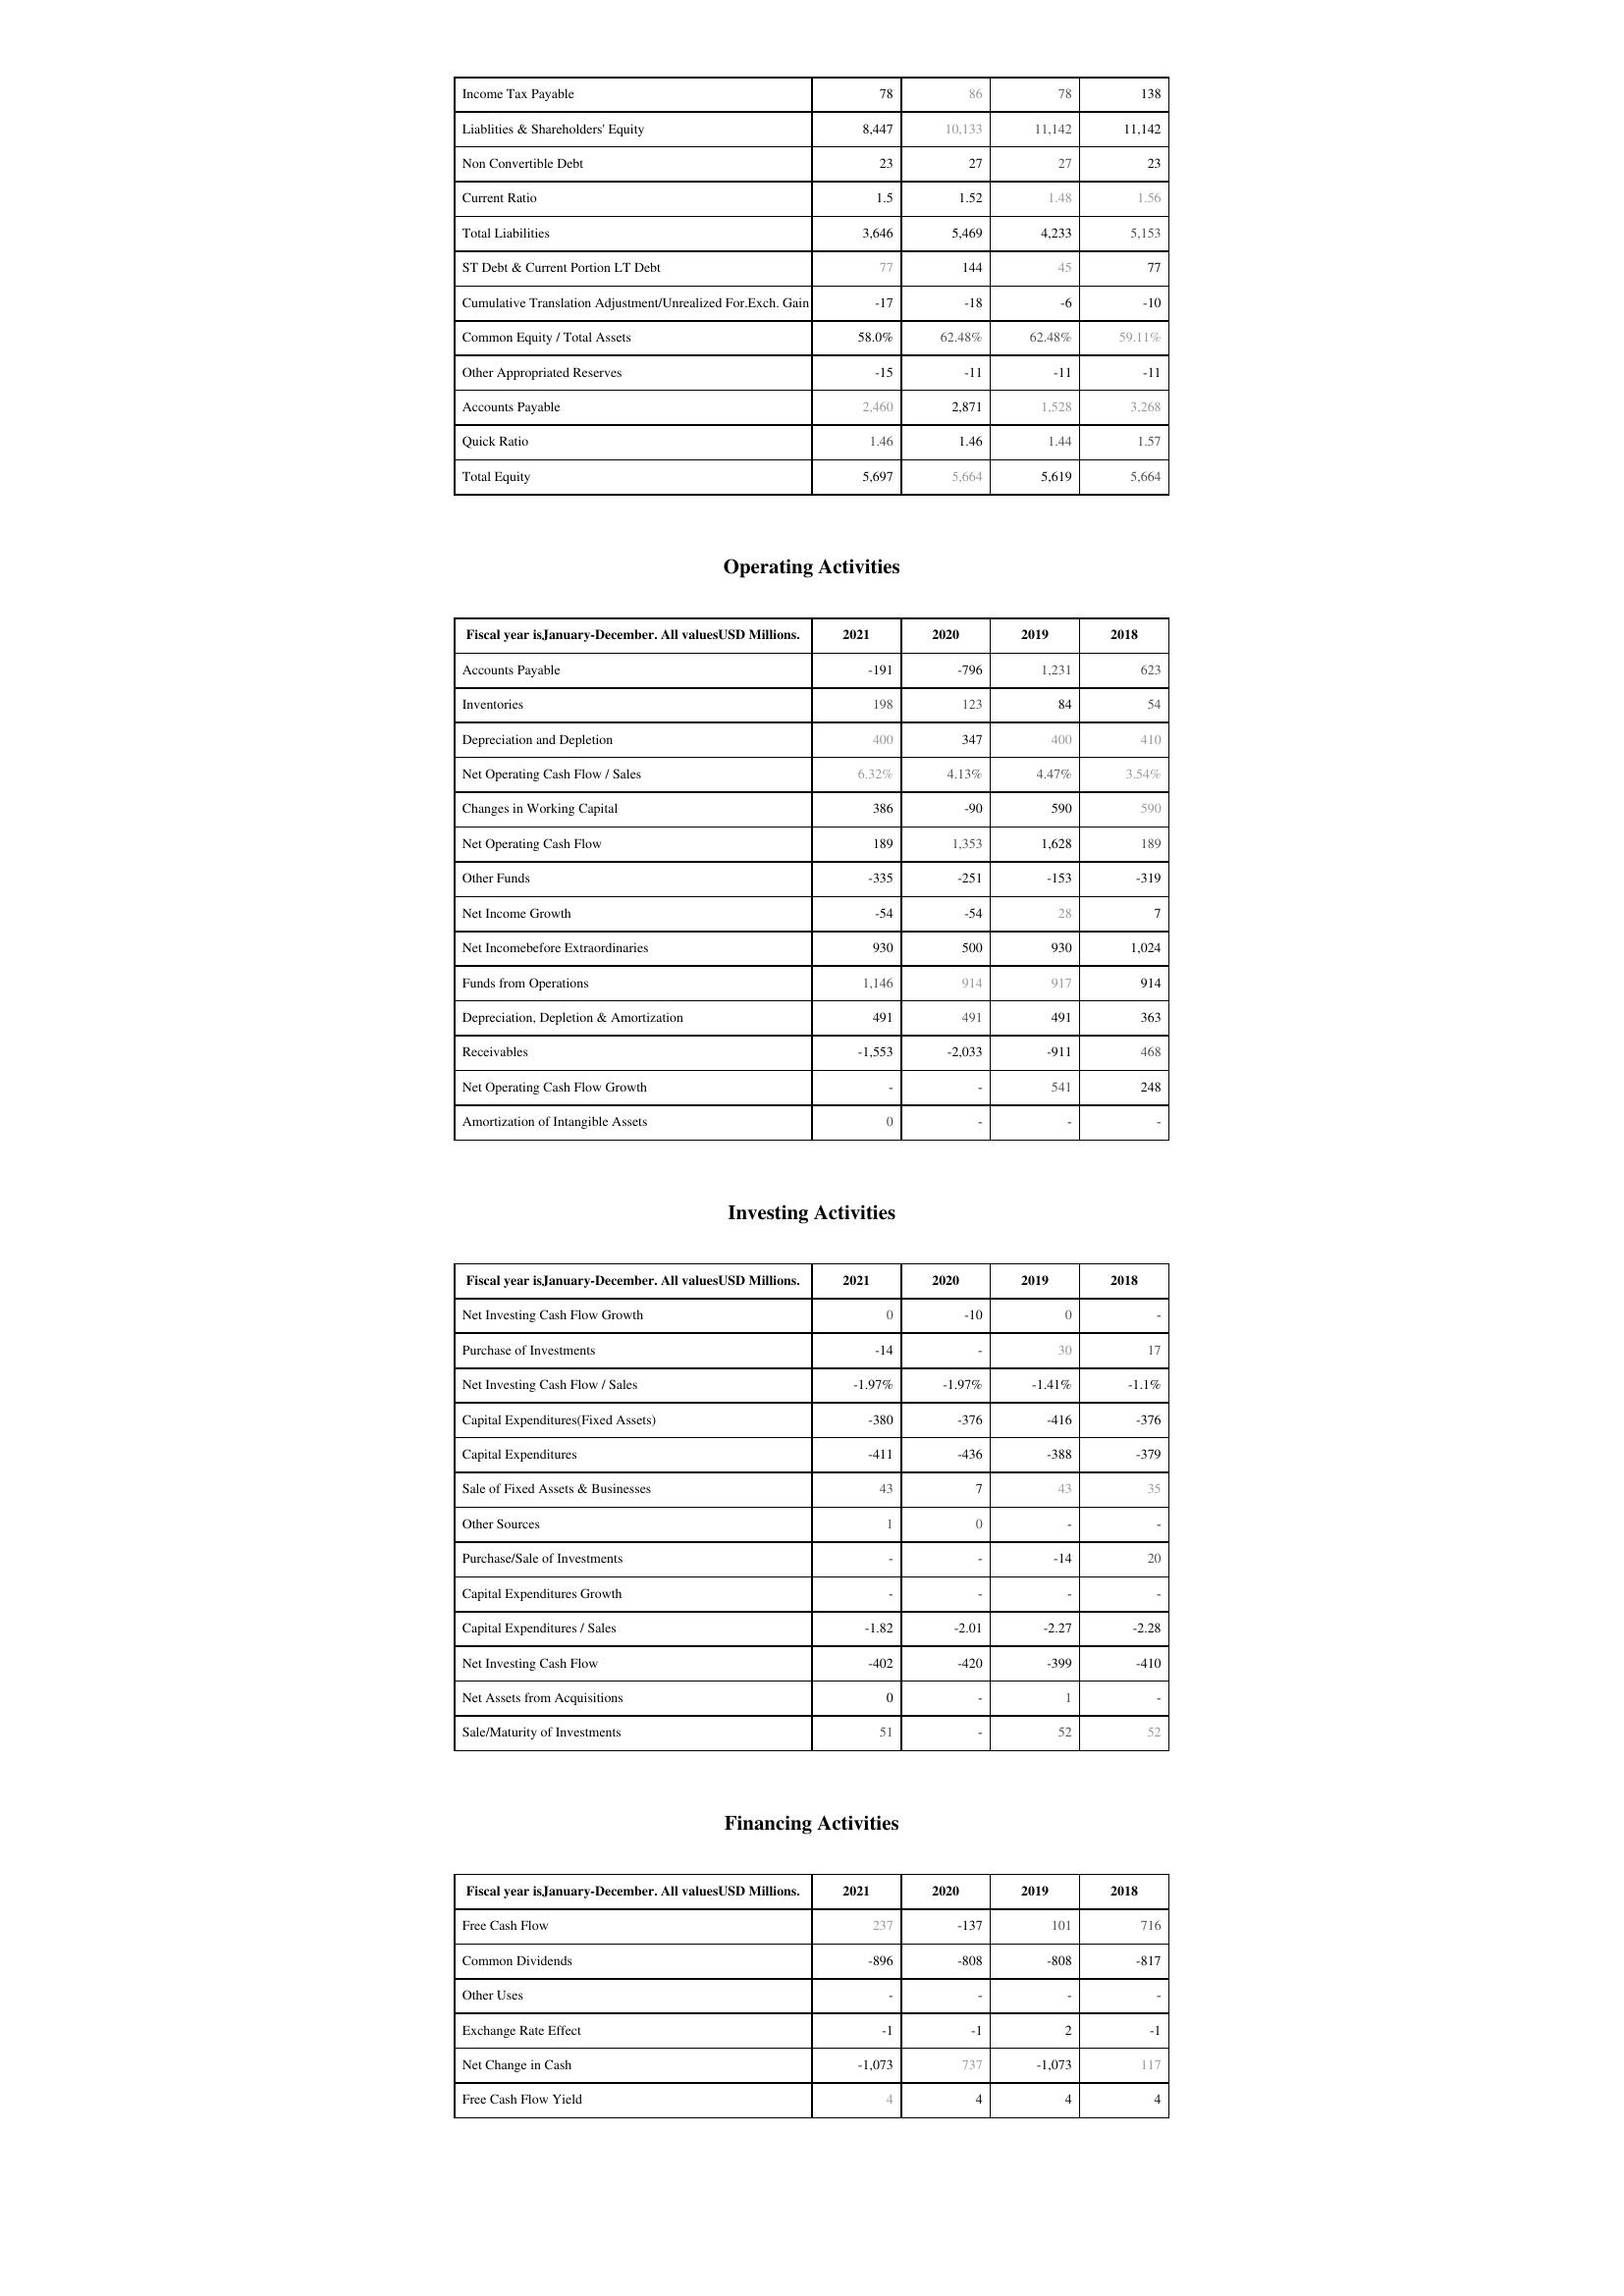
2021: Liabilities & Shareholder's Equity: Income Tax Payable: 78
Liablities & Shareholders' Equity: 8,447
Non Convertible Debt: 23
Current Ratio: 1.5
Total Liabilities: 3,646
ST Debt & Current Portion LT Debt: 77
Cumulative Translation Adjustment/Unrealized For.Exch. Gain: -17
Common Equity / Total Assets: 58.0%
Other Appropriated Reserves: -15
Accounts Payable: 2,460
Quick Ratio: 1.46
Total Equity: 5,697
Operating Activities: Accounts Payable: -191
Inventories: 198
Depreciation and Depletion: 400
Net Operating Cash Flow / Sales: 6.32%
Changes in Working Capital: 386
Net Operating Cash Flow: 189
Other Funds: -335
Net Income Growth: -54
Net Incomebefore Extraordinaries: 930
Funds from Operations: 1,146
Depreciation, Depletion & Amortization: 491
Receivables: -1,553
Net Operating Cash Flow Growth: -
Amortization of Intangible Assets: 0
Investing Activities: Net Investing Cash Flow Growth: 0
Purchase of Investments: -14
Net Investing Cash Flow / Sales: -1.97%
Capital Expenditures(Fixed Assets): -380
Capital Expenditures: -411
Sale of Fixed Assets & Businesses: 43
Other Sources: 1
Purchase/Sale of Investments: -
Capital Expenditures Growth: -
Capital Expenditures / Sales: -1.82
Net Investing Cash Flow: -402
Net Assets from Acquisitions: 0
Sale/Maturity of Investments: 51
Financing Activities: Free Cash Flow: 237
Common Dividends: -896
Other Uses: -
Exchange Rate Effect: -1
Net Change in Cash: -1,073
Free Cash Flow Yield: 4
2020: Liabilities & Shareholder's Equity: Income Tax Payable: 86
Liablities & Shareholders' Equity: 10,133
Non Convertible Debt: 27
Current Ratio: 1.52
Total Liabilities: 5,469
ST Debt & Current Portion LT Debt: 144
Cumulative Translation Adjustment/Unrealized For.Exch. Gain: -18
Common Equity / Total Assets: 62.48%
Other Appropriated Reserves: -11
Accounts Payable: 2,871
Quick Ratio: 1.46
Total Equity: 5,664
Operating Activities: Accounts Payable: -796
Inventories: 123
Depreciation and Depletion: 347
Net Operating Cash Flow / Sales: 4.13%
Changes in Working Capital: -90
Net Operating Cash Flow: 1,353
Other Funds: -251
Net Income Growth: -54
Net Incomebefore Extraordinaries: 500
Funds from Operations: 914
Depreciation, Depletion & Amortization: 491
Receivables: -2,033
Net Operating Cash Flow Growth: -
Amortization of Intangible Assets: -
Investing Activities: Net Investing Cash Flow Growth: -10
Purchase of Investments: -
Net Investing Cash Flow / Sales: -1.97%
Capital Expenditures(Fixed Assets): -376
Capital Expenditures: -436
Sale of Fixed Assets & Businesses: 7
Other Sources: 0
Purchase/Sale of Investments: -
Capital Expenditures Growth: -
Capital Expenditures / Sales: -2.01
Net Investing Cash Flow: -420
Net Assets from Acquisitions: -
Sale/Maturity of Investments: -
Financing Activities: Free Cash Flow: -137
Common Dividends: -808
Other Uses: -
Exchange Rate Effect: -1
Net Change in Cash: 737
Free Cash Flow Yield: 4
2019: Liabilities & Shareholder's Equity: Income Tax Payable: 78
Liablities & Shareholders' Equity: 11,142
Non Convertible Debt: 27
Current Ratio: 1.48
Total Liabilities: 4,233
ST Debt & Current Portion LT Debt: 45
Cumulative Translation Adjustment/Unrealized For.Exch. Gain: -6
Common Equity / Total Assets: 62.48%
Other Appropriated Reserves: -11
Accounts Payable: 1,528
Quick Ratio: 1.44
Total Equity: 5,619
Operating Activities: Accounts Payable: 1,231
Inventories: 84
Depreciation and Depletion: 400
Net Operating Cash Flow / Sales: 4.47%
Changes in Working Capital: 590
Net Operating Cash Flow: 1,628
Other Funds: -153
Net Income Growth: 28
Net Incomebefore Extraordinaries: 930
Funds from Operations: 917
Depreciation, Depletion & Amortization: 491
Receivables: -911
Net Operating Cash Flow Growth: 541
Amortization of Intangible Assets: -
Investing Activities: Net Investing Cash Flow Growth: 0
Purchase of Investments: 30
Net Investing Cash Flow / Sales: -1.41%
Capital Expenditures(Fixed Assets): -416
Capital Expenditures: -388
Sale of Fixed Assets & Businesses: 43
Other Sources: -
Purchase/Sale of Investments: -14
Capital Expenditures Growth: -
Capital Expenditures / Sales: -2.27
Net Investing Cash Flow: -399
Net Assets from Acquisitions: 1
Sale/Maturity of Investments: 52
Financing Activities: Free Cash Flow: 101
Common Dividends: -808
Other Uses: -
Exchange Rate Effect: 2
Net Change in Cash: -1,073
Free Cash Flow Yield: 4
2018: Liabilities & Shareholder's Equity: Income Tax Payable: 138
Liablities & Shareholders' Equity: 11,142
Non Convertible Debt: 23
Current Ratio: 1.56
Total Liabilities: 5,153
ST Debt & Current Portion LT Debt: 77
Cumulative Translation Adjustment/Unrealized For.Exch. Gain: -10
Common Equity / Total Assets: 59.11%
Other Appropriated Reserves: -11
Accounts Payable: 3,268
Quick Ratio: 1.57
Total Equity: 5,664
Operating Activities: Accounts Payable: 623
Inventories: 54
Depreciation and Depletion: 410
Net Operating Cash Flow / Sales: 3.54%
Changes in Working Capital: 590
Net Operating Cash Flow: 189
Other Funds: -319
Net Income Growth: 7
Net Incomebefore Extraordinaries: 1,024
Funds from Operations: 914
Depreciation, Depletion & Amortization: 363
Receivables: 468
Net Operating Cash Flow Growth: 248
Amortization of Intangible Assets: -
Investing Activities: Net Investing Cash Flow Growth: -
Purchase of Investments: 17
Net Investing Cash Flow / Sales: -1.1%
Capital Expenditures(Fixed Assets): -376
Capital Expenditures: -379
Sale of Fixed Assets & Businesses: 35
Other Sources: -
Purchase/Sale of Investments: 20
Capital Expenditures Growth: -
Capital Expenditures / Sales: -2.28
Net Investing Cash Flow: -410
Net Assets from Acquisitions: -
Sale/Maturity of Investments: 52
Financing Activities: Free Cash Flow: 716
Common Dividends: -817
Other Uses: -
Exchange Rate Effect: -1
Net Change in Cash: 117
Free Cash Flow Yield: 4